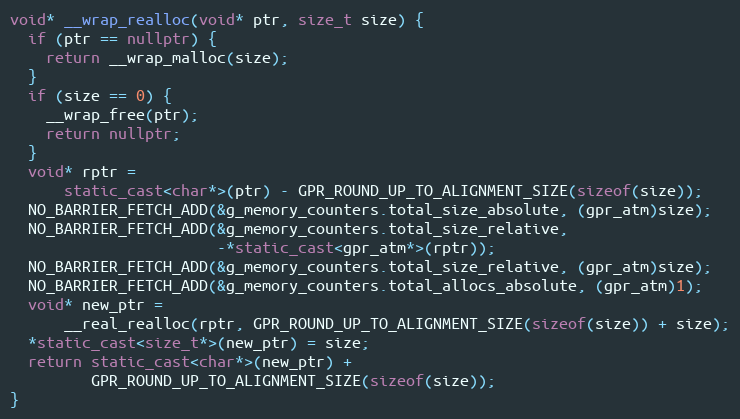
Language: C++
void* __wrap_realloc(void* ptr, size_t size) {
  if (ptr == nullptr) {
    return __wrap_malloc(size);
  }
  if (size == 0) {
    __wrap_free(ptr);
    return nullptr;
  }
  void* rptr =
      static_cast<char*>(ptr) - GPR_ROUND_UP_TO_ALIGNMENT_SIZE(sizeof(size));
  NO_BARRIER_FETCH_ADD(&g_memory_counters.total_size_absolute, (gpr_atm)size);
  NO_BARRIER_FETCH_ADD(&g_memory_counters.total_size_relative,
                       -*static_cast<gpr_atm*>(rptr));
  NO_BARRIER_FETCH_ADD(&g_memory_counters.total_size_relative, (gpr_atm)size);
  NO_BARRIER_FETCH_ADD(&g_memory_counters.total_allocs_absolute, (gpr_atm)1);
  void* new_ptr =
      __real_realloc(rptr, GPR_ROUND_UP_TO_ALIGNMENT_SIZE(sizeof(size)) + size);
  *static_cast<size_t*>(new_ptr) = size;
  return static_cast<char*>(new_ptr) +
         GPR_ROUND_UP_TO_ALIGNMENT_SIZE(sizeof(size));
}